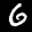
Label: 6